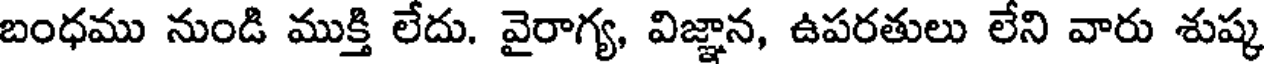
బంధము నుండి ముక్తి లేదు. వైరాగ్య, విజ్ఞాన, ఉపరతులు లేని వారు శుష్క